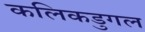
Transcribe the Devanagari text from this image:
कलिकडुगल